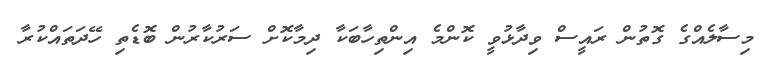
މިސާލެއްގެ ގޮތުން ރައީސް ވިދާޅުވީ ކޮންމެ އިންތިހާބަކާ ދިމާކޮށް ސަރުކާރުން ބޮޑެތި ހޭދަތައްކުރާ